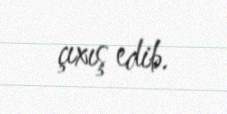
çıxış edib.